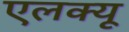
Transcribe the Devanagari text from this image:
एलक्यू